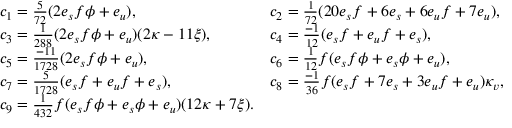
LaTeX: \begin{array} { l l } { { c _ { 1 } = { \frac { 5 } { 7 2 } } ( 2 e _ { s } f \phi + e _ { u } ) , } } & { { c _ { 2 } = { \frac { 1 } { 7 2 } } ( 2 0 e _ { s } f + 6 e _ { s } + 6 e _ { u } f + 7 e _ { u } ) , } } \\ { { c _ { 3 } = { \frac { 1 } { 2 8 8 } } ( 2 e _ { s } f \phi + e _ { u } ) ( 2 \kappa - 1 1 \xi ) , } } & { { c _ { 4 } = { \frac { - 1 } { 1 2 } } ( e _ { s } f + e _ { u } f + e _ { s } ) , } } \\ { { c _ { 5 } = { \frac { - 1 1 } { 1 7 2 8 } } ( 2 e _ { s } f \phi + e _ { u } ) , } } & { { c _ { 6 } = { \frac { 1 } { 1 2 } } f ( e _ { s } f \phi + e _ { s } \phi + e _ { u } ) , } } \\ { { c _ { 7 } = { \frac { 5 } { 1 7 2 8 } } ( e _ { s } f + e _ { u } f + e _ { s } ) , } } & { { c _ { 8 } = { \frac { - 1 } { 3 6 } } f ( e _ { s } f + 7 e _ { s } + 3 e _ { u } f + e _ { u } ) \kappa _ { v } , } } \\ { { c _ { 9 } = { \frac { 1 } { 4 3 2 } } f ( e _ { s } f \phi + e _ { s } \phi + e _ { u } ) ( 1 2 \kappa + 7 \xi ) . } } \end{array}